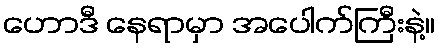
ဟောဒီ နေရာမှာ အပေါက်ကြီးနဲ့။